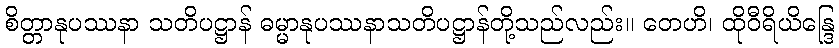
စိတ္တာနုပဿနာ သတိပဋ္ဌာန် ဓမ္မာနုပဿနာသတိပဋ္ဌာန်တို့သည်လည်း။ တေဟိ၊ ထိုဝီရိယိန္ဒြေ